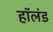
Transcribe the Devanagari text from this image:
हाॅलंड